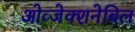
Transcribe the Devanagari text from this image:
ओव्जेक्शनेबिल